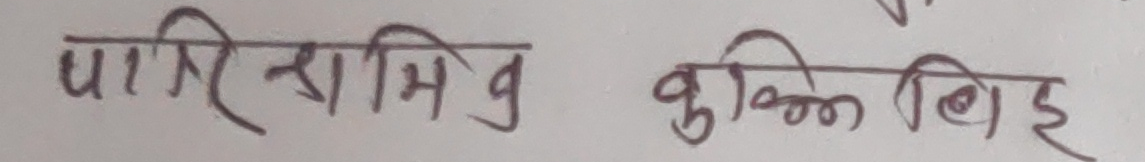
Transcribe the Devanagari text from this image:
पारि श्रमिक कुकि लिइ